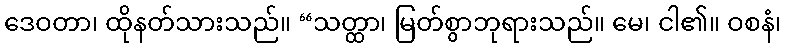
ဒေဝတာ၊ ထိုနတ်သားသည်။ “သတ္ထာ၊ မြတ်စွာဘုရားသည်။ မေ၊ ငါ၏။ ဝစနံ၊